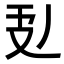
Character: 𭣕